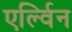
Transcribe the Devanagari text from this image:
एर्ल्विन